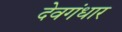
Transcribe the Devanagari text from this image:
देवगंधार